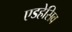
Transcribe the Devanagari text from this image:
एडहेसिव